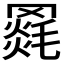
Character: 𦌓